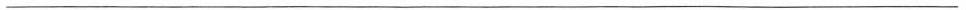
___